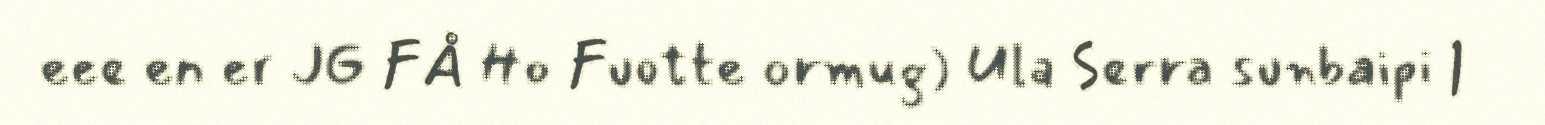
eee en er JG FÅ Ho Fuotte ormug) Ula Serra sunbaipi |